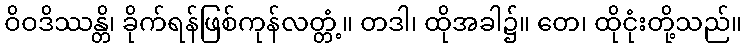
ဝိဝဒိဿန္တိ၊ ခိုက်ရန်ဖြစ်ကုန်လတ္တံ့။ တဒါ၊ ထိုအခါ၌။ တေ၊ ထိုငုံးတို့သည်။